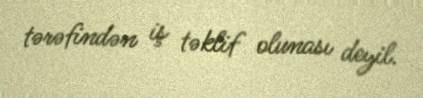
tərəfindən iş təklif olunası deyil.